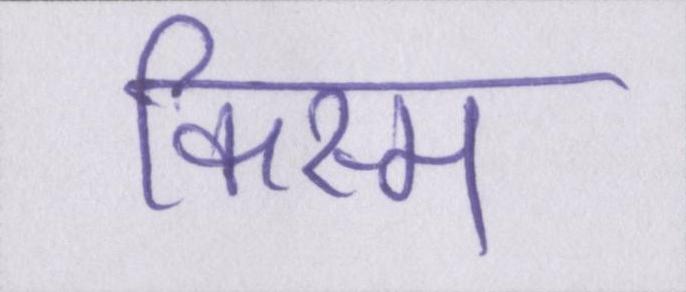
किस्म